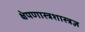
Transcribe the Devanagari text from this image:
क्षेपणास्त्रशास्त्रज्ञ